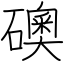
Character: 礇